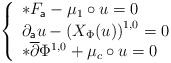
\begin{align*} \left\{ \begin{array}{lcl} \ast F_{\mathsf{a}} -\mu_{1}\circ u = 0 \\ \partial_{\mathsf{a}}u - \left(X_{\Phi}(u)\right)^{1,0}= 0 \\ \ast\overline{\partial}\Phi^{1,0} + \mu_{c}\circ u = 0 \end{array} \right.\end{align*}